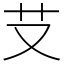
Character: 𦫿